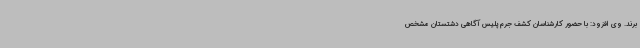
‌برند. وی افزود: با حضور کارشناسان کشف جرم پلیس آگاهی دشتستان مشخص